Indian journal of veterinary science and animal husbandry - Volumes 26-27, 1956-1957
Year: 1956
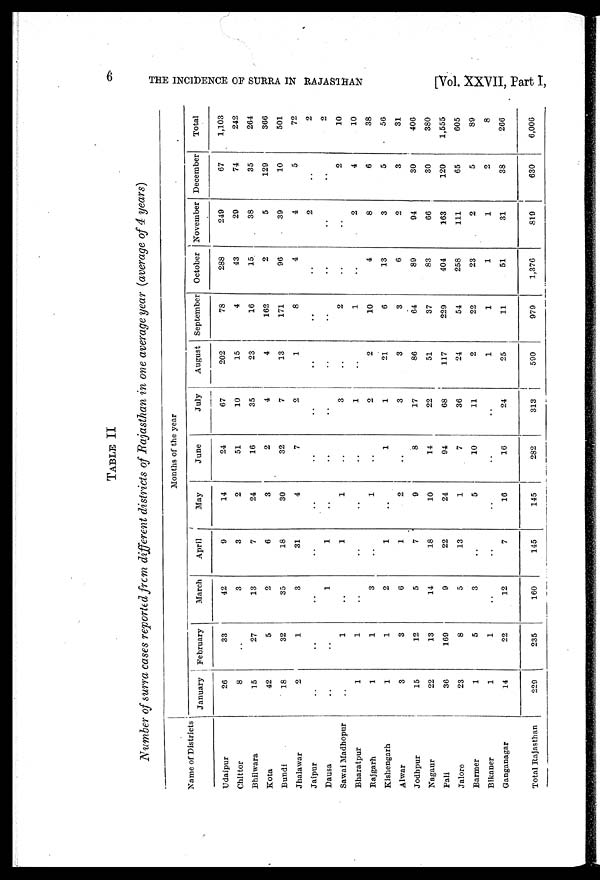
6
THE INCIDENCE OF SURRA
IN
RAJASTHAN
[Vol. XXVII, Part I,
TABLE II
Number of surra cases reported from different districts of Rajasthan in one average year (average of 4 years)
Name of Districts
Udaipur
Chittor
Bhilwara
Kota
Bundi
Jhalawar
Jaipur
Dausa
Sawai Madhopur
Bharatpur
Rajgarh
Kishengarh
Alwar
Jodhpur
Nagaur
Pali
Jalore
Banner
Bikaner
Ganganagar
Total Rajasthan
January
26
8
15
42
18
2
..
..
..
1
1
1
3
15
22
36
23
1
1
14
229
February
33
..
27
5
32
1
..
..
1
1
1
1
3
12
13
169
8
5
1
22
235
March
42
3
13
2
35
3
..
1
..
..
3
2
6
5
14
9
5
3
..
12
160
April
9
3
7
6
18
31
..
1
1
..
..
1
1
7
18
22
13
...
..
7
145
Months of the year
May
14
2
24
3
30
4
..
..
1
..
1
..
2
9
10
24
1
5
..
16
145
June
24
51
16
2
32
7
..
..
..
..
..
1
..
8
14
94
7
10
..
16
282
July
67
10
35
4
7
2
..
..
3
1
2
1
3
17
22
68
36
11
..
24
313
August
202
15
23
4
13
1
..
..
..
..
2
21
3
86
51
117
24
2
1
25
590
September
78
4
16
162
171
8
..
..
2
1
10
6
3
64
37
229
54
22
1
11
979
October
288
43
15
2
96
4
..
..
..
..
4
13
6
89
83
404
258
23
1
51
1,376
November
249
29
38
5
39
4
2
..
..
2
8
3
2
94
66
163
111
2
1
31
819
December
67
74
35
129
10
5
..
..
20
4
6
5
3
30
30
120
65
5
2
38
630
Total
1,103
242
264
366
501
72
2
2
10
10
38
56
31
406
380
1,555
605
89
8
266
6,006